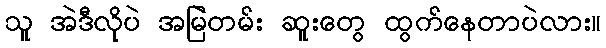
သူ အဲဒီလိုပဲ အမြဲတမ်း ဆူးတွေ ထွက်နေတာပဲလား။